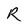
Character: R